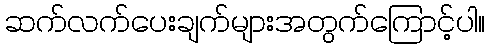
ဆက်လက်ပေးချက်များအတွက်ကြောင့်ပါ။